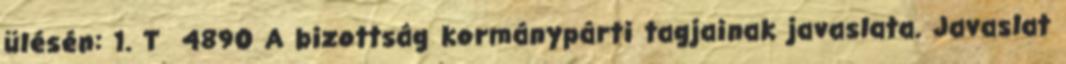
ülésén: 1. T 4890 A bizottság kormánypárti tagjainak javaslata. Javaslat